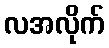
လအလိုက်